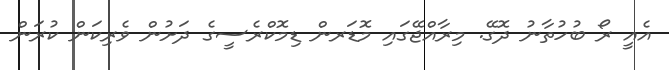
އެއީ ރޯ ބުހުތާނު ދޮގޭ. މިރާއްޖޭގައި މޮޑަރން ޑިމޮކްރެސީގެ ދަށުން ވެރިކަން ކުރަން